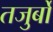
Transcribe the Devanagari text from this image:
तजुर्बों